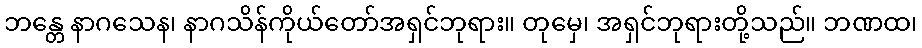
ဘန္တေ နာဂသေန၊ နာဂသိန်ကိုယ်တော်အရှင်ဘုရား။ တုမှေ၊ အရှင်ဘုရားတို့သည်။ ဘဏထ၊